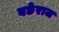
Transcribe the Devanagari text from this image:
बछेराज